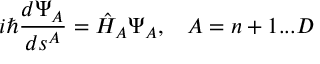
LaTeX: i \hbar \frac { d \Psi _ { A } } { d s ^ { A } } = \hat { \cal H } _ { A } \Psi _ { A } , \; \; \; A = n + 1 . . . D